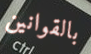
بالقوانين